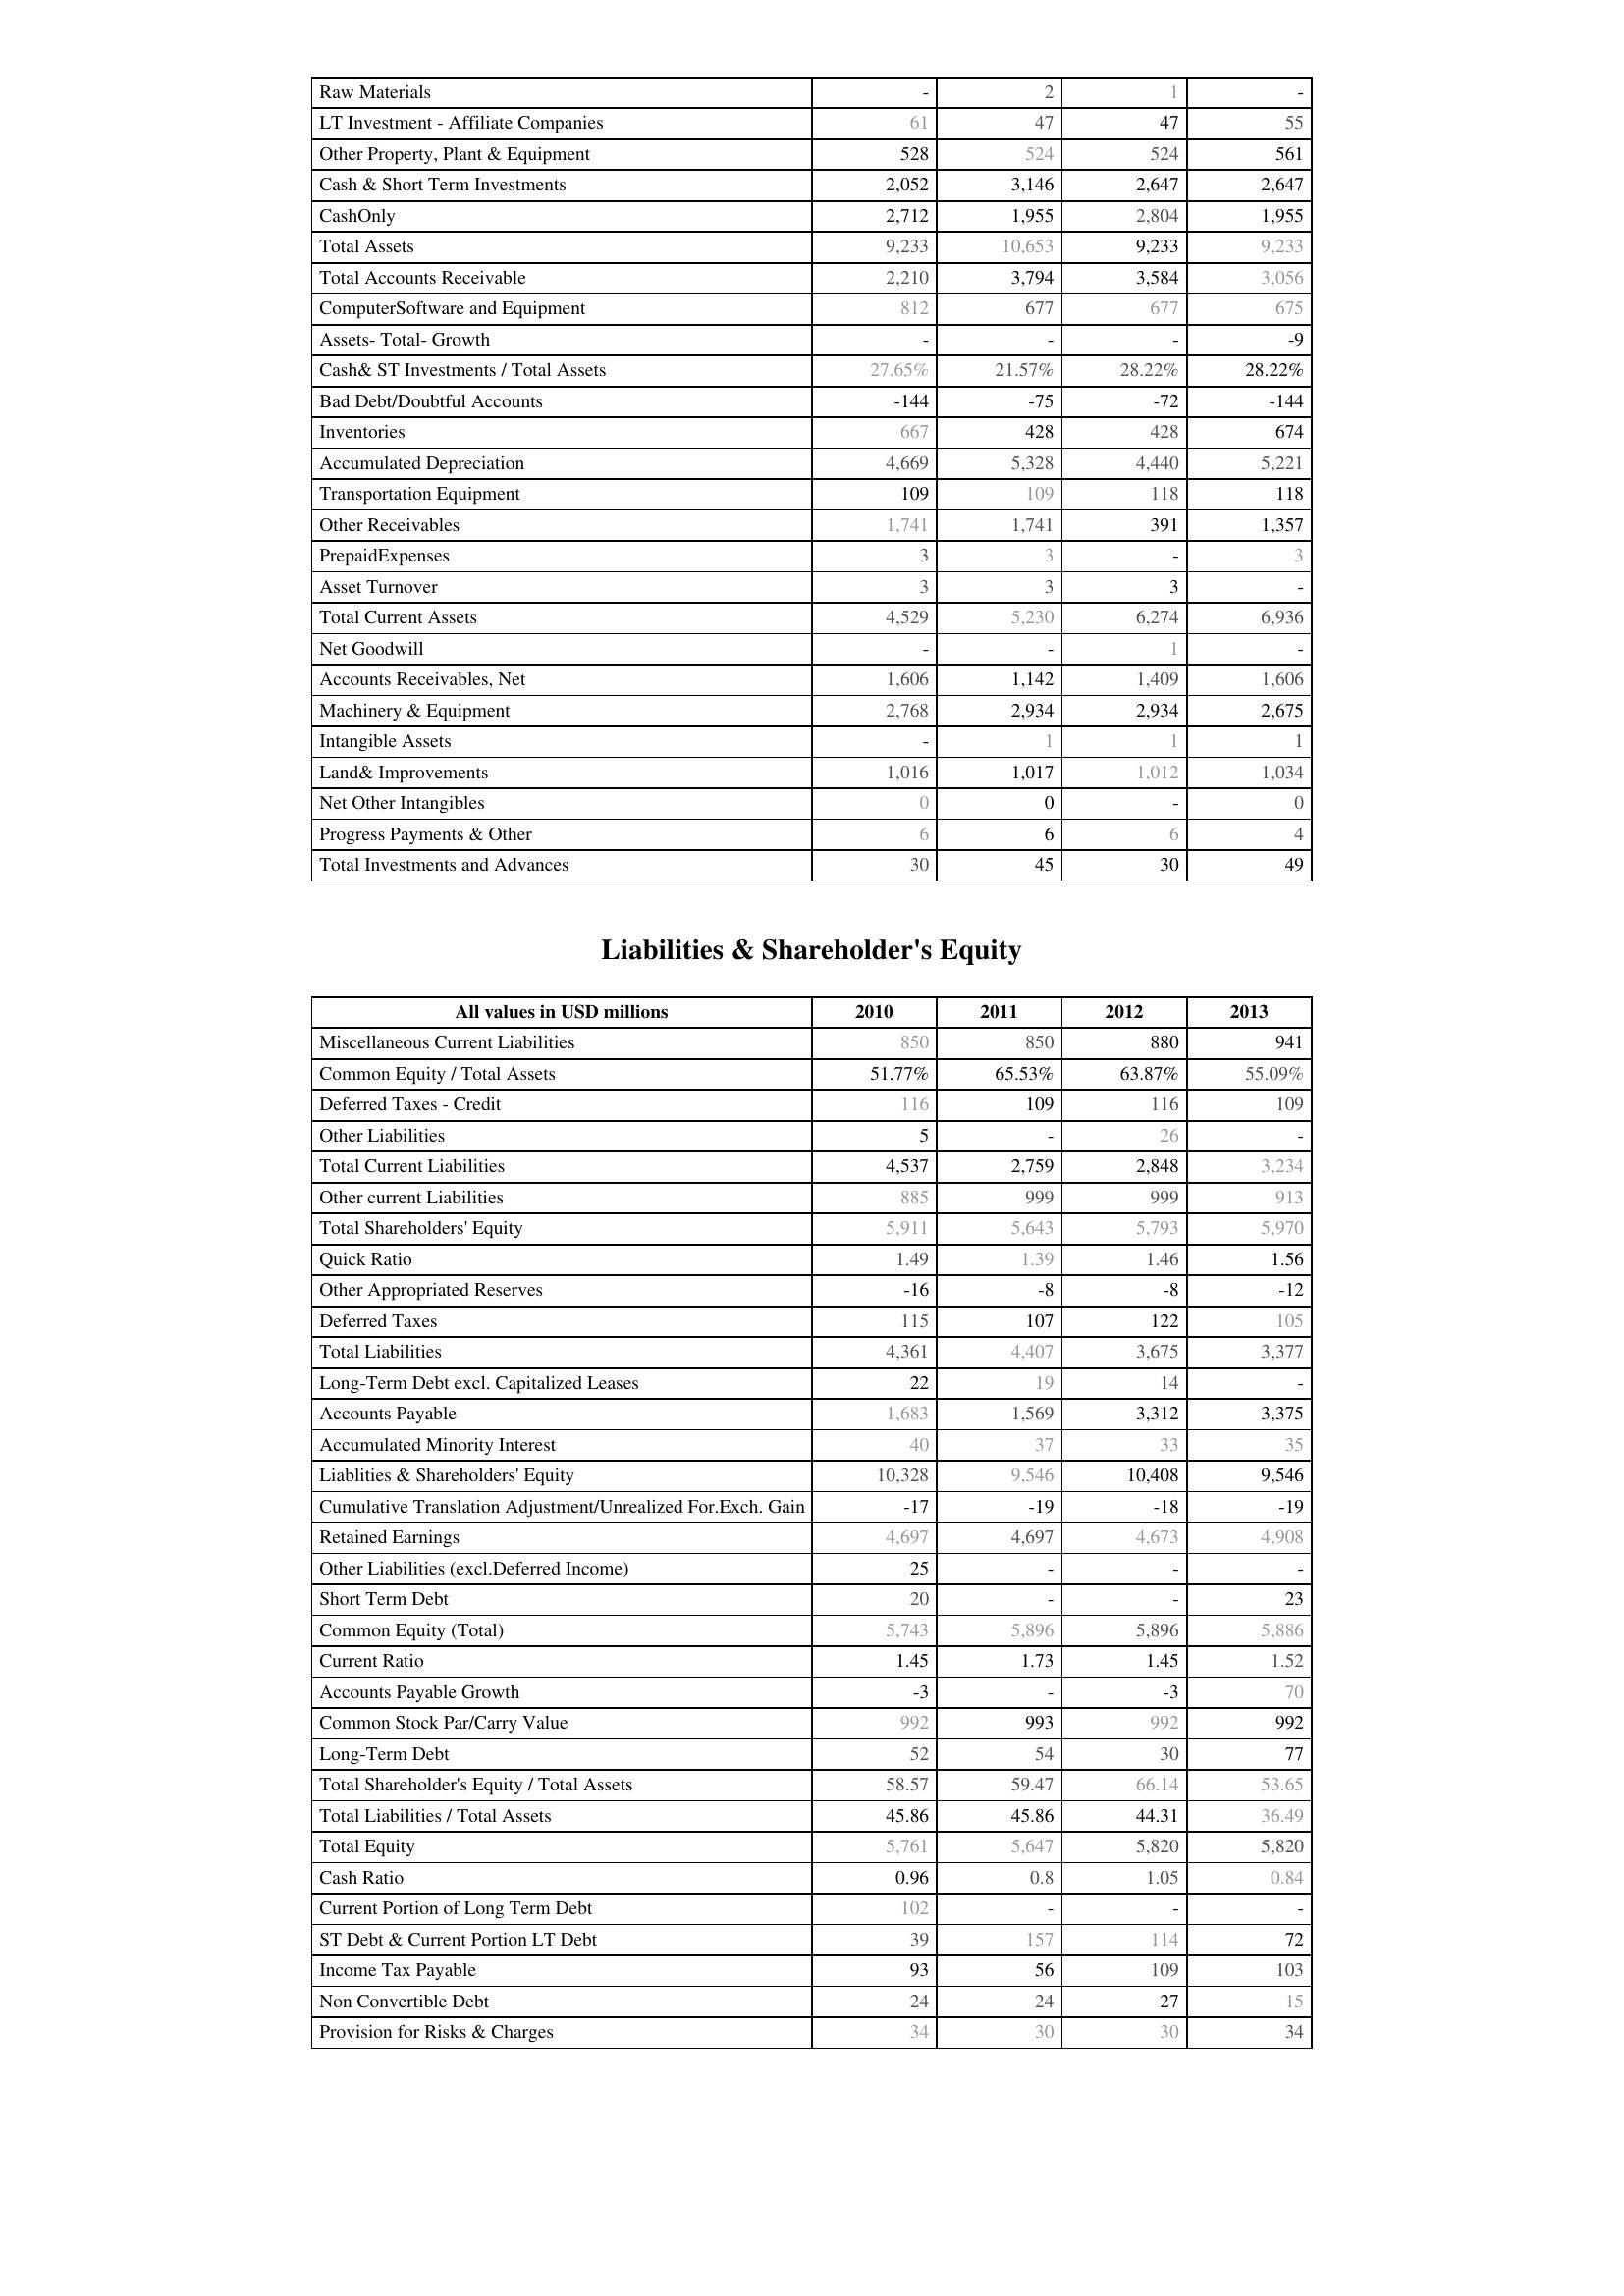
2010: Assets: Raw Materials: -
LT Investment - Affiliate Companies: 61
Other Property, Plant & Equipment: 528
Cash & Short Term Investments: 2,052
CashOnly: 2,712
Total Assets: 9,233
Total Accounts Receivable: 2,210
ComputerSoftware and Equipment: 812
Assets- Total- Growth: -
Cash& ST Investments / Total Assets: 27.65%
Bad Debt/Doubtful Accounts: -144
Inventories: 667
Accumulated Depreciation: 4,669
Transportation Equipment: 109
Other Receivables: 1,741
PrepaidExpenses: 3
Asset Turnover: 3
Total Current Assets: 4,529
Net Goodwill: -
Accounts Receivables, Net: 1,606
Machinery & Equipment: 2,768
Intangible Assets: -
Land& Improvements: 1,016
Net Other Intangibles: 0
Progress Payments & Other: 6
Total Investments and Advances: 30
Liabilities & Shareholder's Equity: Miscellaneous Current Liabilities: 850
Common Equity / Total Assets: 51.77%
Deferred Taxes - Credit: 116
Other Liabilities: 5
Total Current Liabilities: 4,537
Other current Liabilities: 885
Total Shareholders' Equity: 5,911
Quick Ratio: 1.49
Other Appropriated Reserves: -16
Deferred Taxes: 115
Total Liabilities: 4,361
Long-Term Debt excl. Capitalized Leases: 22
Accounts Payable: 1,683
Accumulated Minority Interest: 40
Liablities & Shareholders' Equity: 10,328
Cumulative Translation Adjustment/Unrealized For.Exch. Gain: -17
Retained Earnings: 4,697
Other Liabilities (excl.Deferred Income): 25
Short Term Debt: 20
Common Equity (Total): 5,743
Current Ratio: 1.45
Accounts Payable Growth: -3
Common Stock Par/Carry Value: 992
Long-Term Debt: 52
Total Shareholder's Equity / Total Assets: 58.57
Total Liabilities / Total Assets: 45.86
Total Equity: 5,761
Cash Ratio: 0.96
Current Portion of Long Term Debt: 102
ST Debt & Current Portion LT Debt: 39
Income Tax Payable: 93
Non Convertible Debt: 24
Provision for Risks & Charges: 34
2011: Assets: Raw Materials: 2
LT Investment - Affiliate Companies: 47
Other Property, Plant & Equipment: 524
Cash & Short Term Investments: 3,146
CashOnly: 1,955
Total Assets: 10,653
Total Accounts Receivable: 3,794
ComputerSoftware and Equipment: 677
Assets- Total- Growth: -
Cash& ST Investments / Total Assets: 21.57%
Bad Debt/Doubtful Accounts: -75
Inventories: 428
Accumulated Depreciation: 5,328
Transportation Equipment: 109
Other Receivables: 1,741
PrepaidExpenses: 3
Asset Turnover: 3
Total Current Assets: 5,230
Net Goodwill: -
Accounts Receivables, Net: 1,142
Machinery & Equipment: 2,934
Intangible Assets: 1
Land& Improvements: 1,017
Net Other Intangibles: 0
Progress Payments & Other: 6
Total Investments and Advances: 45
Liabilities & Shareholder's Equity: Miscellaneous Current Liabilities: 850
Common Equity / Total Assets: 65.53%
Deferred Taxes - Credit: 109
Other Liabilities: -
Total Current Liabilities: 2,759
Other current Liabilities: 999
Total Shareholders' Equity: 5,643
Quick Ratio: 1.39
Other Appropriated Reserves: -8
Deferred Taxes: 107
Total Liabilities: 4,407
Long-Term Debt excl. Capitalized Leases: 19
Accounts Payable: 1,569
Accumulated Minority Interest: 37
Liablities & Shareholders' Equity: 9,546
Cumulative Translation Adjustment/Unrealized For.Exch. Gain: -19
Retained Earnings: 4,697
Other Liabilities (excl.Deferred Income): -
Short Term Debt: -
Common Equity (Total): 5,896
Current Ratio: 1.73
Accounts Payable Growth: -
Common Stock Par/Carry Value: 993
Long-Term Debt: 54
Total Shareholder's Equity / Total Assets: 59.47
Total Liabilities / Total Assets: 45.86
Total Equity: 5,647
Cash Ratio: 0.8
Current Portion of Long Term Debt: -
ST Debt & Current Portion LT Debt: 157
Income Tax Payable: 56
Non Convertible Debt: 24
Provision for Risks & Charges: 30
2012: Assets: Raw Materials: 1
LT Investment - Affiliate Companies: 47
Other Property, Plant & Equipment: 524
Cash & Short Term Investments: 2,647
CashOnly: 2,804
Total Assets: 9,233
Total Accounts Receivable: 3,584
ComputerSoftware and Equipment: 677
Assets- Total- Growth: -
Cash& ST Investments / Total Assets: 28.22%
Bad Debt/Doubtful Accounts: -72
Inventories: 428
Accumulated Depreciation: 4,440
Transportation Equipment: 118
Other Receivables: 391
PrepaidExpenses: -
Asset Turnover: 3
Total Current Assets: 6,274
Net Goodwill: 1
Accounts Receivables, Net: 1,409
Machinery & Equipment: 2,934
Intangible Assets: 1
Land& Improvements: 1,012
Net Other Intangibles: -
Progress Payments & Other: 6
Total Investments and Advances: 30
Liabilities & Shareholder's Equity: Miscellaneous Current Liabilities: 880
Common Equity / Total Assets: 63.87%
Deferred Taxes - Credit: 116
Other Liabilities: 26
Total Current Liabilities: 2,848
Other current Liabilities: 999
Total Shareholders' Equity: 5,793
Quick Ratio: 1.46
Other Appropriated Reserves: -8
Deferred Taxes: 122
Total Liabilities: 3,675
Long-Term Debt excl. Capitalized Leases: 14
Accounts Payable: 3,312
Accumulated Minority Interest: 33
Liablities & Shareholders' Equity: 10,408
Cumulative Translation Adjustment/Unrealized For.Exch. Gain: -18
Retained Earnings: 4,673
Other Liabilities (excl.Deferred Income): -
Short Term Debt: -
Common Equity (Total): 5,896
Current Ratio: 1.45
Accounts Payable Growth: -3
Common Stock Par/Carry Value: 992
Long-Term Debt: 30
Total Shareholder's Equity / Total Assets: 66.14
Total Liabilities / Total Assets: 44.31
Total Equity: 5,820
Cash Ratio: 1.05
Current Portion of Long Term Debt: -
ST Debt & Current Portion LT Debt: 114
Income Tax Payable: 109
Non Convertible Debt: 27
Provision for Risks & Charges: 30
2013: Assets: Raw Materials: -
LT Investment - Affiliate Companies: 55
Other Property, Plant & Equipment: 561
Cash & Short Term Investments: 2,647
CashOnly: 1,955
Total Assets: 9,233
Total Accounts Receivable: 3,056
ComputerSoftware and Equipment: 675
Assets- Total- Growth: -9
Cash& ST Investments / Total Assets: 28.22%
Bad Debt/Doubtful Accounts: -144
Inventories: 674
Accumulated Depreciation: 5,221
Transportation Equipment: 118
Other Receivables: 1,357
PrepaidExpenses: 3
Asset Turnover: -
Total Current Assets: 6,936
Net Goodwill: -
Accounts Receivables, Net: 1,606
Machinery & Equipment: 2,675
Intangible Assets: 1
Land& Improvements: 1,034
Net Other Intangibles: 0
Progress Payments & Other: 4
Total Investments and Advances: 49
Liabilities & Shareholder's Equity: Miscellaneous Current Liabilities: 941
Common Equity / Total Assets: 55.09%
Deferred Taxes - Credit: 109
Other Liabilities: -
Total Current Liabilities: 3,234
Other current Liabilities: 913
Total Shareholders' Equity: 5,970
Quick Ratio: 1.56
Other Appropriated Reserves: -12
Deferred Taxes: 105
Total Liabilities: 3,377
Long-Term Debt excl. Capitalized Leases: -
Accounts Payable: 3,375
Accumulated Minority Interest: 35
Liablities & Shareholders' Equity: 9,546
Cumulative Translation Adjustment/Unrealized For.Exch. Gain: -19
Retained Earnings: 4,908
Other Liabilities (excl.Deferred Income): -
Short Term Debt: 23
Common Equity (Total): 5,886
Current Ratio: 1.52
Accounts Payable Growth: 70
Common Stock Par/Carry Value: 992
Long-Term Debt: 77
Total Shareholder's Equity / Total Assets: 53.65
Total Liabilities / Total Assets: 36.49
Total Equity: 5,820
Cash Ratio: 0.84
Current Portion of Long Term Debt: -
ST Debt & Current Portion LT Debt: 72
Income Tax Payable: 103
Non Convertible Debt: 15
Provision for Risks & Charges: 34